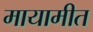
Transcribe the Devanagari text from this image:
मायामीत